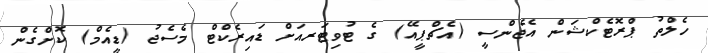
ހެލްތު ޕްރޮޓެކްޝަން އެޖެންސީ (އެޗްޕީއޭ) ގެ ޓުވިޓަރއަށް ޑައިރެކްޓް މެސެޖު (ޑީއެމް) ކޮށްގެން